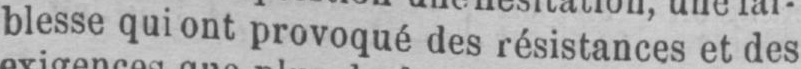
blesse qui ont provoqué des résistances et des